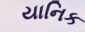
યાનિક